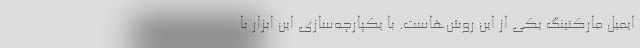
ایمیل مارکتینگ یکی از این روش‌هاست. با یکپارچه‌سازی این ابزار با